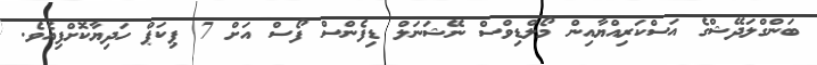
ބަންގްލަދޭޝްގެ އަސްކަރިއްޔާއިން މޯލްޑިވްސް ނޭޝަނަލް ޑިފެންސް ފޯސް އަށް 7 ޕިކަޕް ހަދިޔާކޮށްފިއެވެ.